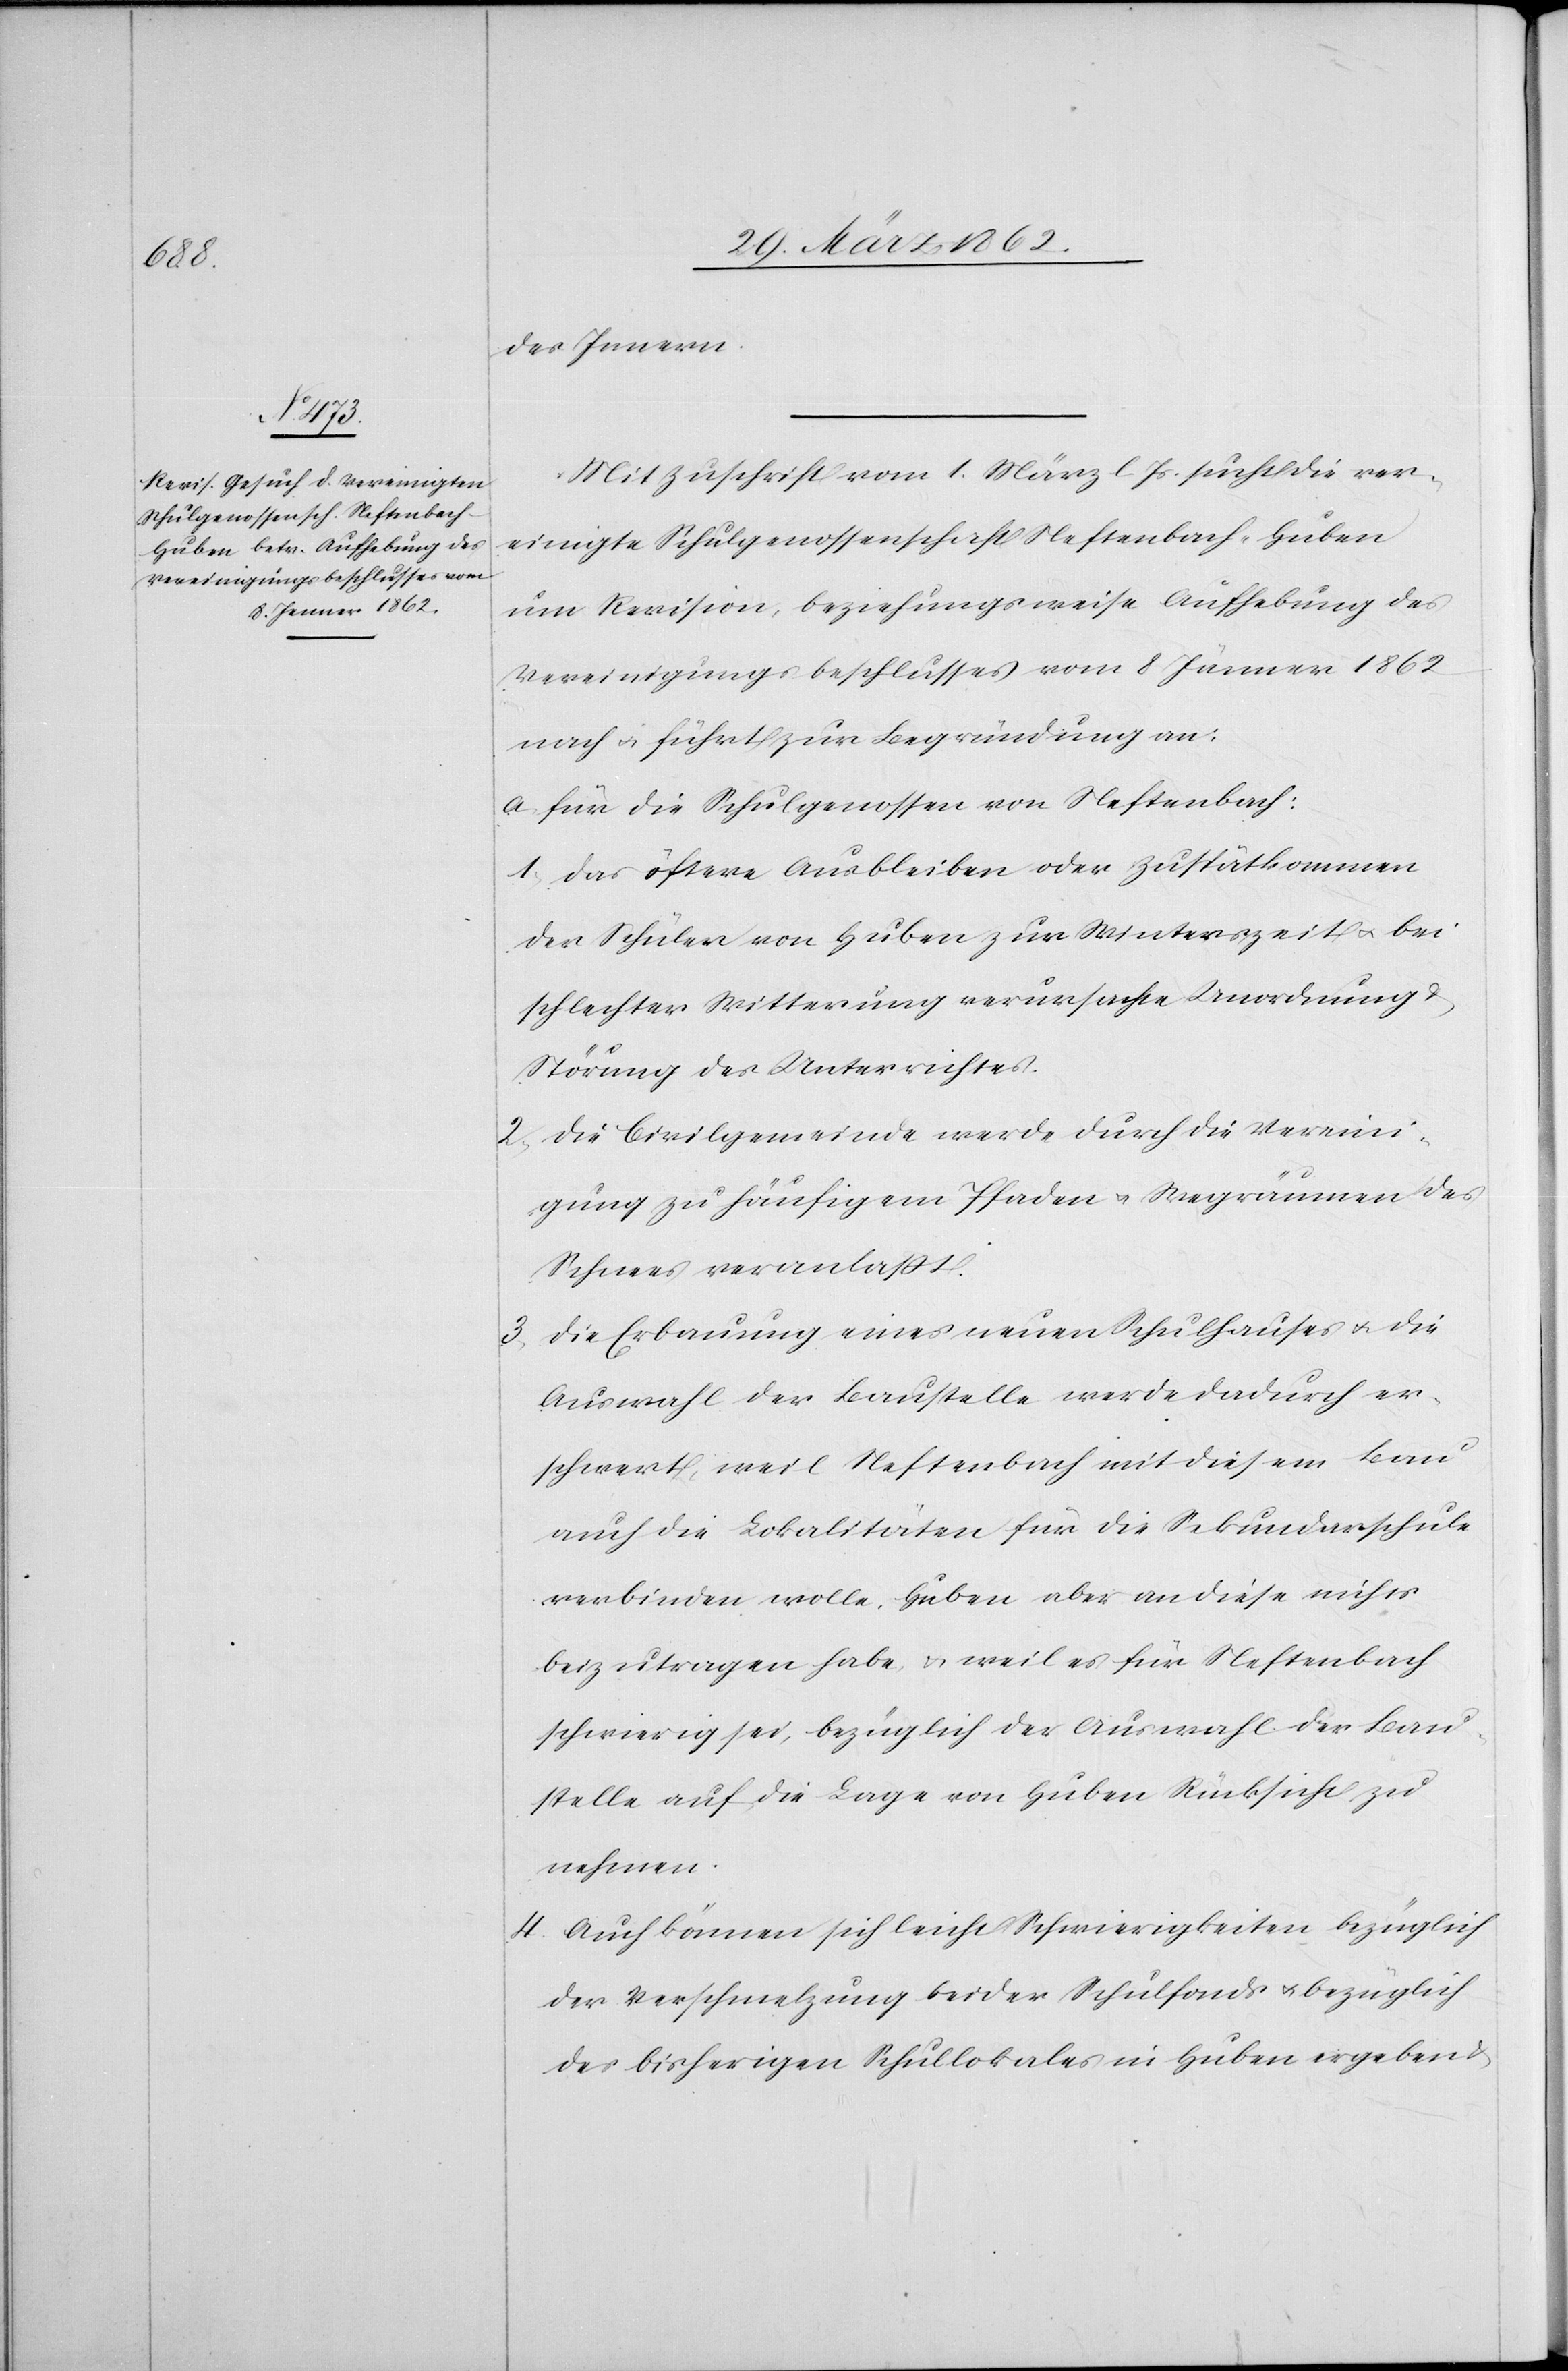
des Innern.
Mit Zuschrift vom 1. März l. Js. sucht die ver¬
einigte Schulgenossenschaft Neftenbach-Huben
um Revision, beziehungsweise Aufhebung des
Vereinigungsbeschlusses vom 8 Jänner 1862
nach u. führt zur Begründung an:
a) für die Schulgenossen von Neftenbach:
1) das öftere Ausbleiben oder Zuspätkommen
der Schüler von Huben zur Winterszeit u. bei
schlechter Witterung verursache Unordnung &
Störung des Unterrichtes.
2) die Civilgemeinde werde durch die Vereini¬
gung zu häufigem Pfaden u. Wegräumen des
Schnees veranlaßt.
3) Die Erbauung eines neuen Schulhauses u. die
Auswahl der Baustelle werde dadurch er¬
schwert, weil Neftenbach mit diesem Bau
auch die Lokalitäten für die Sekundarschule
verbinden wolle, Huben aber an diese nichts
beizutragen habe, u. weil es für Neftenbach
schwierig sei, bezüglich der Auswahl der Bau¬
stelle auf die Lage von Huben Rücksicht zu
nehmen.
4) Auch können sich leicht Schwierigkeiten bezüglich
der Verschmelzung beider Schulfonds u. bezüglich
des bisherigen Schullokales in Huben ergeben &